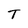
Character: T